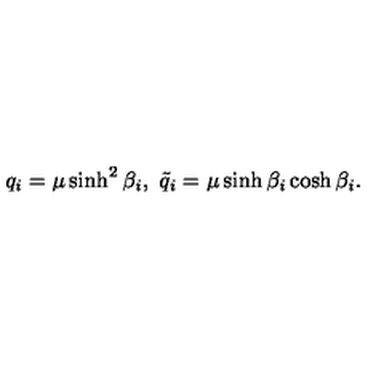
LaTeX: q _ { i } = \mu \sinh ^ { 2 } \beta _ { i } , \ \tilde { q } _ { i } = \mu \sinh \beta _ { i } \cosh \beta _ { i } .